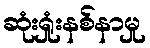
ဆုံးရှုံးနစ်နာမှု